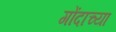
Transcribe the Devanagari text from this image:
गोंदाच्या